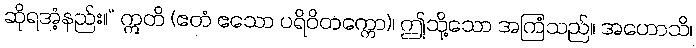
ဆိုရအံ့နည်း။” ဣတိ (ဧတံ ဧသော ပရိဝိတက္ကော)၊ ဤသို့သော အကြံသည်။ အဟောသိ၊